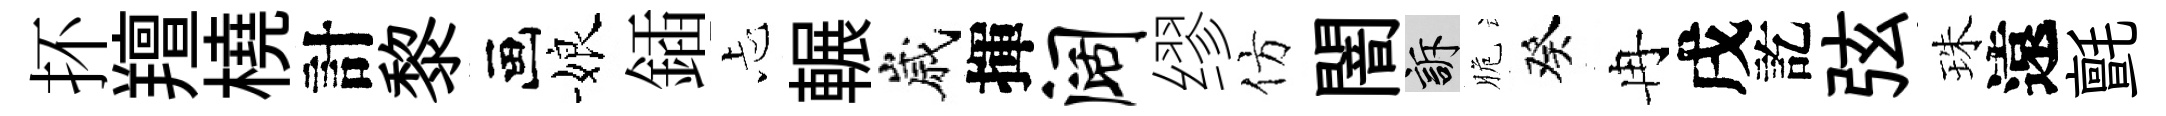
抔羶橈計黎画娘鍤忐輾嵗揮阔缪仿闇訴脆癸冉戌訖弦珠遠氈